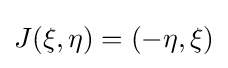
J(\xi ,\eta )=(-\eta ,\xi )